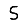
Digit: 5